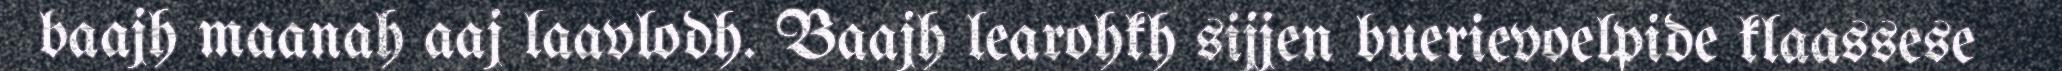
baajh maanah aaj laavlodh. Baajh learohkh sijjen buerievoelpide klaassese